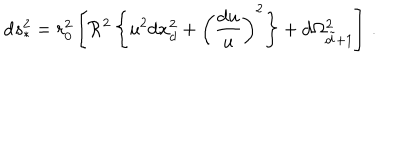
\mathrm { d } s _ { * } ^ { 2 } = r _ { 0 } ^ { 2 } \left[ \mathcal { R } ^ { 2 } \left\{ u ^ { 2 } \mathrm { d } x _ { d } ^ { 2 } + \left( { \frac { \mathrm { d } u } { u } } \right) ^ { 2 } \right\} + \mathrm { d } \Omega _ { \tilde { d } + 1 } ^ { 2 } \right] \, .